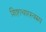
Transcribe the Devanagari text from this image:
शिष्टाचारस्वरुप